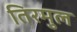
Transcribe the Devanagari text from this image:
तिरमुल